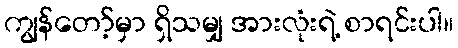
ကျွန်တော့်မှာ ရှိသမျှ အားလုံးရဲ့ စာရင်းပါ။